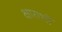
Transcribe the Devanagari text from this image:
क्षाराभों